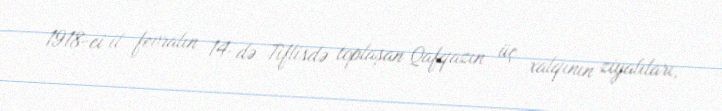
1918-ci il fevralın 14-də Tiflisdə toplaşan Qafqazın üç xalqının ziyalıları,